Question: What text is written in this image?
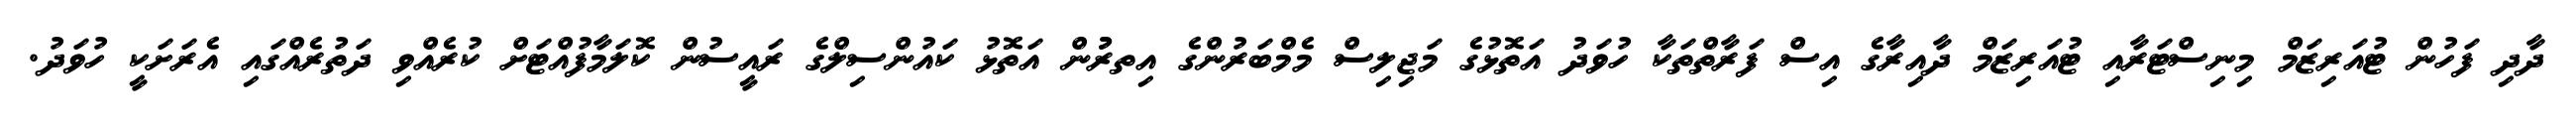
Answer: ދާދި ފަހުން ޓުއަރިޒަމް މިނިސްޓަރާއި ޓުއަރިޒަމް ދާއިރާގެ އިސް ފަރާތްތަކާ ހުވަދު އަތޮޅުގެ މަޖިލިސް މެމްބަރުންގެ އިތރުުން އަތޮޅު ކައުންސިލްގެ ރައީސުން ކޮލަމާފުއްޓަށް ކުރެއްވި ދަތުރެއްގައި އެރަށަކީ ހުވަދު.